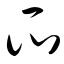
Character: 瓜